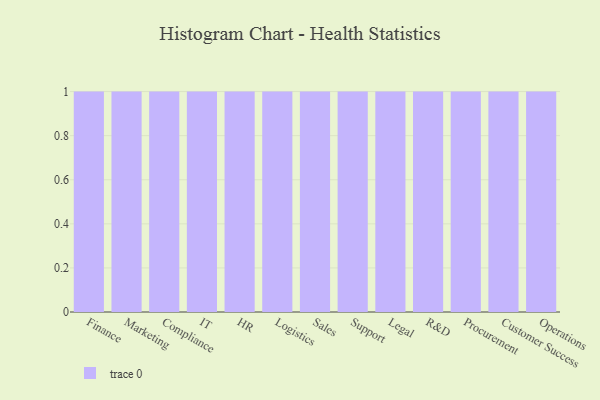
{"axis": {"x": "Department", "y": "Gross Profit (USD K)"}, "legend": [""], "data": [{"x": "Finance", "y": 90, "type": ""}, {"x": "Marketing", "y": 85, "type": ""}, {"x": "Compliance", "y": 35, "type": ""}, {"x": "IT", "y": 33, "type": ""}, {"x": "HR", "y": 33, "type": ""}, {"x": "Logistics", "y": 34, "type": ""}, {"x": "Sales", "y": 51, "type": ""}, {"x": "Support", "y": 70, "type": ""}, {"x": "Legal", "y": 71, "type": ""}, {"x": "R&D", "y": 5, "type": ""}, {"x": "Procurement", "y": 51, "type": ""}, {"x": "Customer Success", "y": 48, "type": ""}, {"x": "Operations", "y": 61, "type": ""}]}